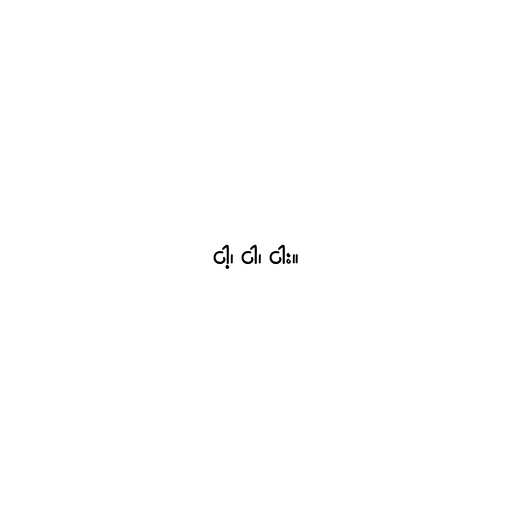
ငါ့၊ ငါ၊ ငါး။